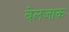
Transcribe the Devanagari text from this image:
बेलजाक